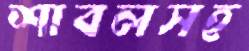
শাবলসহ